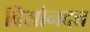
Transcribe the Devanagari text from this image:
बिसोनदत्त